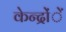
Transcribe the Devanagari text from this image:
केन्द्रोंें